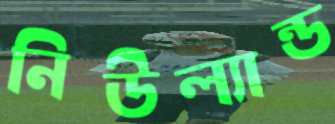
নিউল্যান্ড